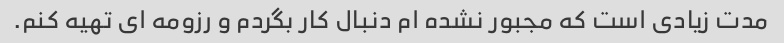
مدت زیادی است که مجبور نشده ام دنبال کار بگردم و رزومه ای تهیه کنم.